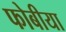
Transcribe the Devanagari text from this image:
फोबीया